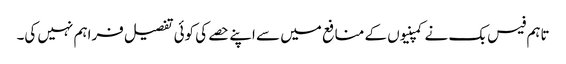
تاہم فیس بک نے کمپنیوں کے منافع میں سے اپنے حصے کی کوئی تفصیل فراہم نہیں کی۔